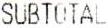
SUBTOTAL